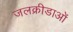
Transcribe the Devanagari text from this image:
जलक्रीडाओं